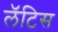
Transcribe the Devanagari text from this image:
लॅटिस